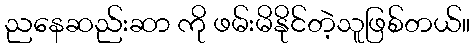
ညနေဆည်းဆာ ကို ဖမ်းမိနိုင်တဲ့သူဖြစ်တယ်။